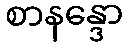
စာနန္ဒော